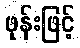
ဖုန်းဖြင့်